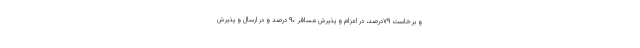
و برخاست ۷۹درصد، در اعزام و پذیرش مسافر ۹۰ درصد و در ارسال و پذیرش